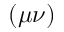
( \mu \nu )